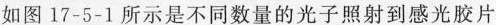
如图17-5-1所示是不同数量的光子照射到感光胶片